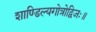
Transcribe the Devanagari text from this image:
शाण्डिल्यगोत्रोद्विजः॥